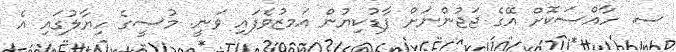
ސ. ހާއްސަކޮށް އޭގެ ޖަޖުންނަށް ފާޑުކިޔުން އަމޒުވެފައި ވަނީ. މުސީގެ ހިޔާލުގައި އެ